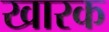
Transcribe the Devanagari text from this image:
खारक